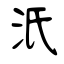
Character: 汦